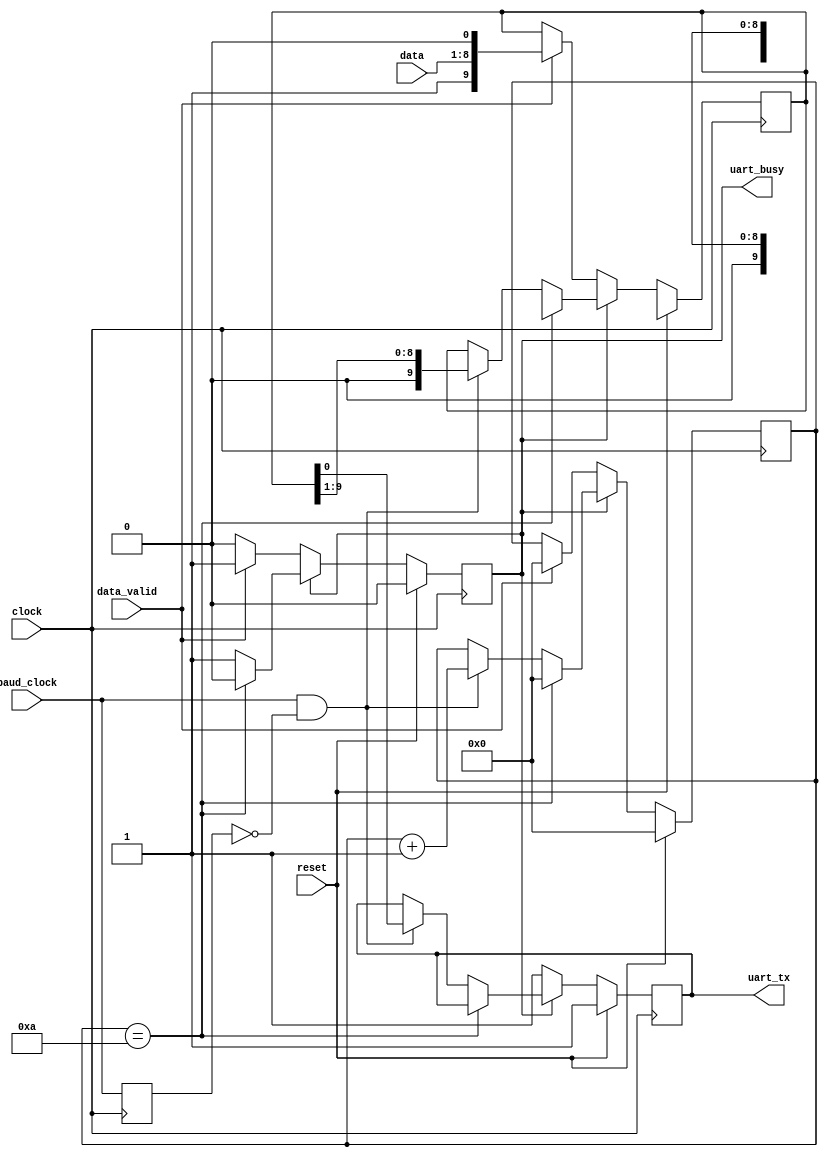
`timescale 1ns/100ps

module uart_tx(input             clock,
	       input             reset,
	       input             baud_clock,

               input             data_valid,
               input [7:0]       data,

	       output reg        uart_tx,
	       output reg        uart_busy);
    reg [9:0] shift_register;
    reg [3:0] shift_count;

    reg baud_clock_prev;

    always @(posedge clock) begin
        if (!reset) begin
            baud_clock_prev <= baud_clock;

            if (uart_busy) begin
                if (shift_count == 4'd10) begin
                    shift_register <= 10'hxxx;
                    shift_count <= 4'h0;
                    uart_busy <= 1'b0;
                    uart_tx <= uart_tx;
                end else begin
                    if (baud_clock && !baud_clock_prev) begin
                        shift_register <= { 1'b0, shift_register[9:1] };
                        shift_count <= shift_count + 4'h1;
                        uart_busy <= 1'b1;
                        uart_tx <= shift_register[0];
                    end else begin
                        shift_register <= shift_register;
                        shift_count <= shift_count;
                        uart_busy <= uart_busy;
                        uart_tx <= uart_tx;
                    end
                end
            end else begin
                uart_tx <= 1'b1;
                if (data_valid) begin
                    shift_register <= { 1'b1, data, 1'b0 };
                    shift_count <= 4'h0;
                    uart_busy <= 1'b1;
                end else begin
                    shift_register <= shift_register;
                    shift_count <= shift_count;
                    uart_busy <= uart_busy;
                end
            end
        end else begin
            shift_register <= 9'hxxx;
            shift_count <= 4'h0;
            uart_tx <= 1'b1;
            uart_busy <= 1'b0;
            baud_clock_prev <= baud_clock;
        end
    end
endmodule